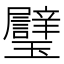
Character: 𱰄